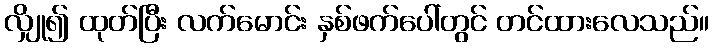
လျှို၍ ထုတ်ပြီး လက်မောင်း နှစ်ဖက်ပေါ်တွင် တင်ထားလေသည်။